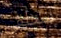
ستلقى